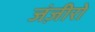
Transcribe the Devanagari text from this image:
जंज़ीरो